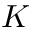
K